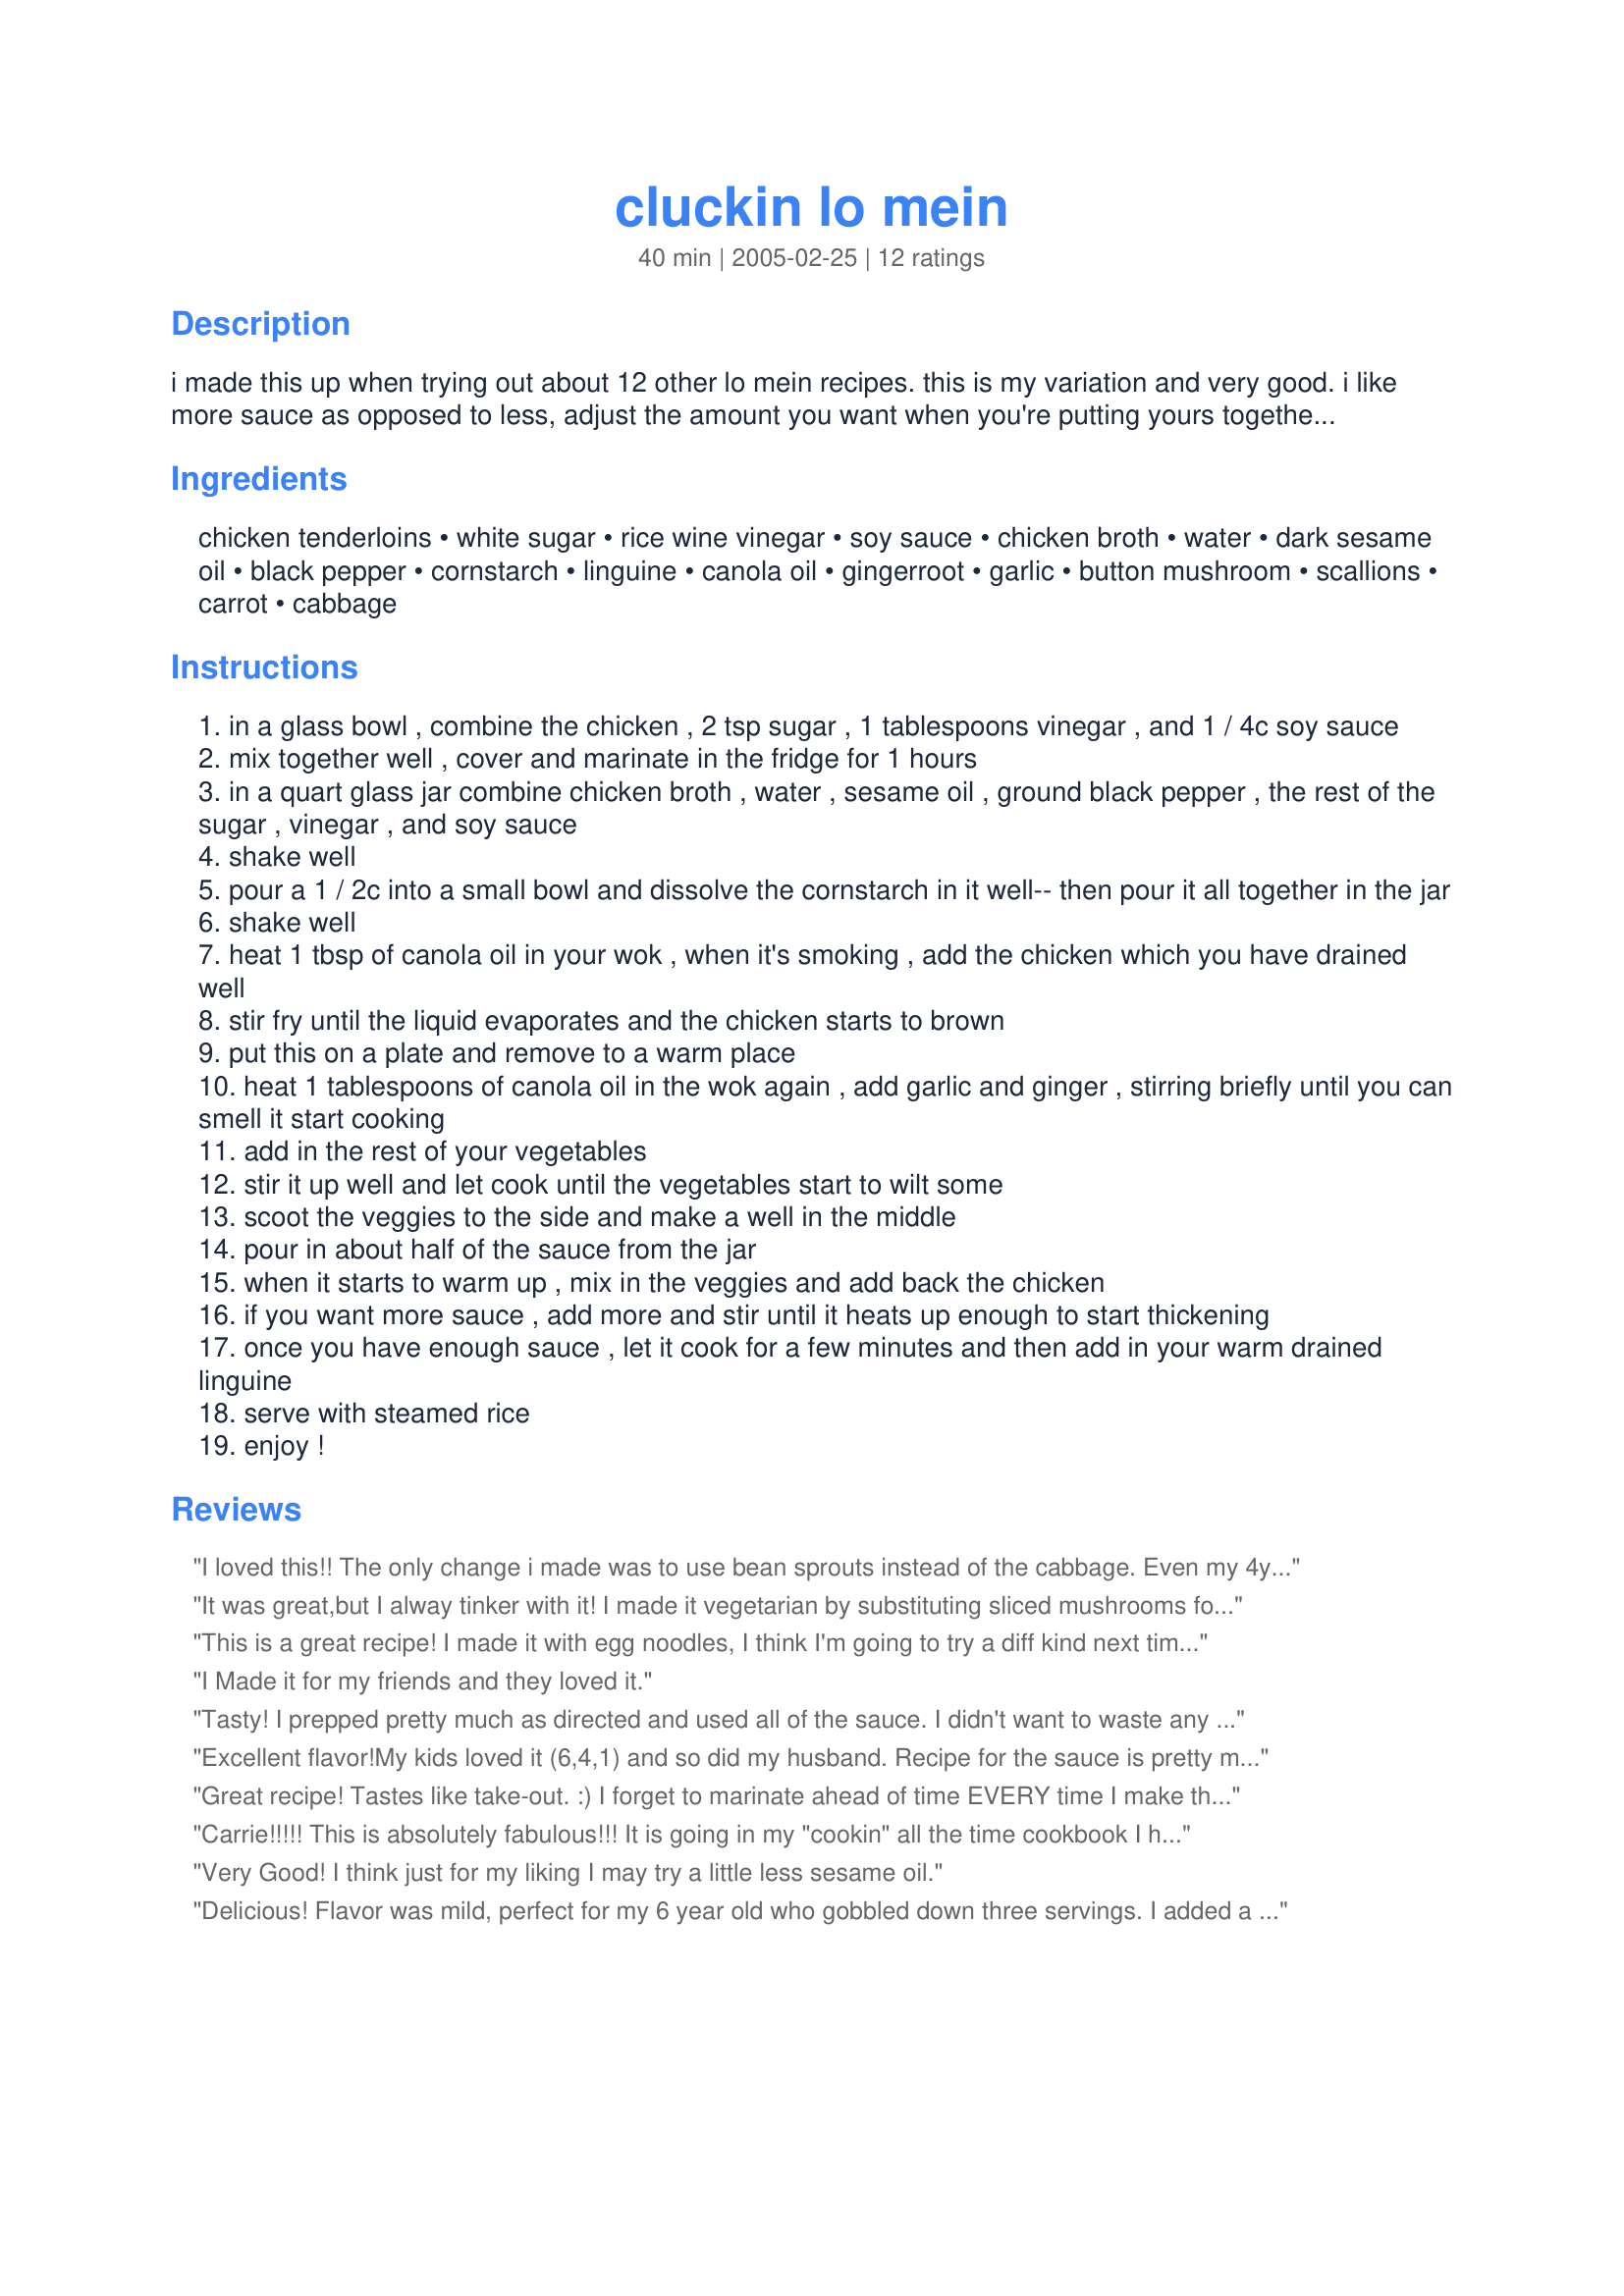
cluckin lo mein
Preparation time: 40 minutes

i made this up when trying out about 12 other lo mein recipes. this is my variation and very good. i like more sauce as opposed to less, adjust the amount you want when you're putting yours together, you dont need to use it all.

Ingredients:
chicken tenderloins, white sugar, rice wine vinegar, soy sauce, chicken broth, water, dark sesame oil, black pepper, cornstarch, linguine, canola oil, gingerroot, garlic, button mushroom, scallions, carrot, cabbage

Steps:
in a glass bowl , combine the chicken , 2 tsp sugar , 1 tablespoons vinegar , and 1 / 4c soy sauce
mix together well , cover and marinate in the fridge for 1 hours
in a quart glass jar combine chicken broth , water , sesame oil , ground black pepper , the rest of the sugar , vinegar , and soy sauce
shake well
pour a 1 / 2c into a small bowl and dissolve the cornstarch in it well-- then pour it all together in the jar
shake well
heat 1 tbsp of canola oil in your wok , when it's smoking , add the chicken which you have drained well
stir fry until the liquid evaporates and the chicken starts to brown
put this on a plate and remove to a warm place
heat 1 tablespoons of canola oil in the wok again , add garlic and ginger , stirring briefly until you can smell it start cooking
add in the rest of your vegetables
stir it up well and let cook until the vegetables start to wilt some
scoot the veggies to the side and make a well in the middle
pour in about half of the sauce from the jar
when it starts to warm up , mix in the veggies and add back the chicken
if you want more sauce , add more and stir until it heats up enough to start thickening
once you have enough sauce , let it cook for a few minutes and then add in your warm drained linguine
serve with steamed rice
enjoy !

Reviews:
I loved this!! The only change i made was to use bean sprouts instead of the cabbage. Even my 4yr old-picky-eater eat it!!
It was great,but I alway tinker with it!
I made it vegetarian by substituting sliced mushrooms for meat.Kudos to carrie for putting ingredients from different recipes togethrer,like I do!!!!!!!!!!!!!
This is a great recipe! I made it with egg noodles, I think I'm going to try a diff kind next time - Goin to go for Farkay! Instructs were good, there was a moment there about adding rest of vinegar to jar I didn't quite understand, so I added 1/2 tbsp more vinegar to the sauce. All in all, good flavor, not too greasy or salty, nice amount of ginger and garlic. But you know how it is when you have ideas about what a dish is...I want to keep searching until I have the chow mein I get in restaurants here in BC. This is a yummy home chowmein tho', for certain! Thanks very much for sharing!!
I Made it for my friends and they loved it.
Tasty! I prepped pretty much as directed and used all of the sauce. I didn't want to waste any of that yummy goodness:) I used 12 oz of cooked Udon noodles and a heaping 1/2 TBSP of ground ginger instead of the prescribed ingredients. I didn't see where it said how much vinegar to add to the sauce since the 1 TBSP was used in the marinade so I just threw another TBSP in the sauce. I did cook some rice to go along with the Lo Mein, but didn't even serve it as the noodles were more than enough starch. My entire family LOVED this dish:) Thanks for coming up with the recipe.
Excellent flavor!My kids loved it (6,4,1) and so did my husband. Recipe for the sauce is pretty much right on and the rest anyone can customize to their liking as far as veggies.
Great recipe! Tastes like take-out. :) I forget to marinate ahead of time EVERY time I make this, but it turns out fine if I marinate while I chop veggies. I add frozen peas and green onions and it's a big hit at our house!
Carrie!!!!! This is absolutely fabulous!!! It is going in my "cookin" all the time cookbook I have here at home. It is the first time that I had ever cooked a Lo Mein dish, and it turned out wonderfully. I had to use Fettucine instead of linguine, because that's what I had on hand, but it was still excellent. Before I served it I sprinkled it with toasted Sesame seeds! Wow!!! Thanks for the great recipe!
Very Good! I think just for my liking I may try a little less sesame oil.
Delicious! Flavor was mild, perfect for my 6 year old who gobbled down three servings. I added a tablespoon of vinegar to the sauce since it wasn't specified. Leftovers were even better the next day for lunch. A great healthy family meal we'll definitely be having again! Thanks, Carrie!
Wow! I think that this might be the best lomein recipe that I have tried, out of many. It has a very authentic flavor. The right balance of sweet, salty, and sour, that is so crucial to the dish. I also added a little red pepper flak to add a hint of heat. Just a personal preference. Delicious!
Fabulous recipe for lo mein. I've made it many times but kept forgetting to rate it. I usually use it for leftover pork roast. It's very versatile. I added red bell pepper rather than carrots since hubby doesn't like carrots. Thanks!
